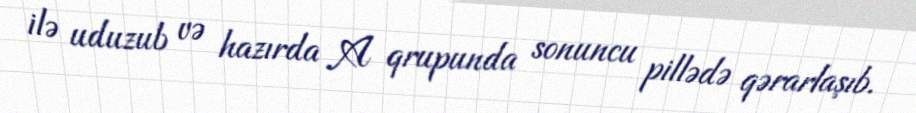
ilə uduzub və hazırda A qrupunda sonuncu pillədə qərarlaşıb.